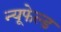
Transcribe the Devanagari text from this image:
न्यूफेल्ड